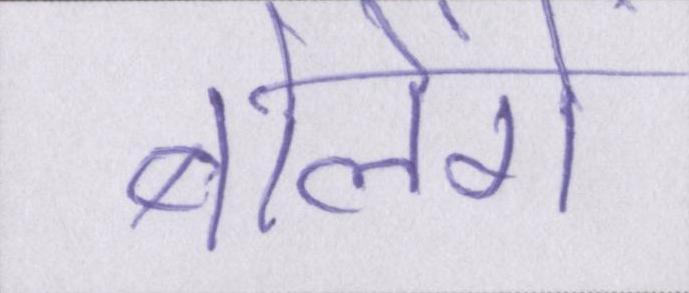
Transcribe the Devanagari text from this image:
बोलेंगे